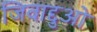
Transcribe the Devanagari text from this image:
जिवाद्दुओ